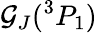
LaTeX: \mathcal{G}_{J}(^{3}P_{1})